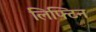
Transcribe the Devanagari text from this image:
लिफ्टिन